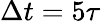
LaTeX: \Delta t=5\tau